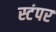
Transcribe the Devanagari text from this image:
स्टंपर